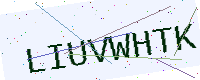
Text: LIUVWHTK